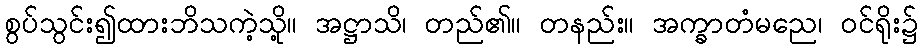
စွပ်သွင်း၍ထားဘိသကဲ့သို့။ အဋ္ဌာသိ၊ တည်၏။ တနည်း။ အက္ခာတံမညေ၊ ဝင်ရိုး၌